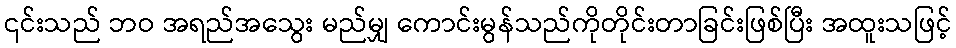
၎င်းသည် ဘဝ အရည်အသွေး မည်မျှ ကောင်းမွန်သည်ကိုတိုင်းတာခြင်းဖြစ်ပြီး အထူးသဖြင့်